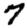
Digit: 7